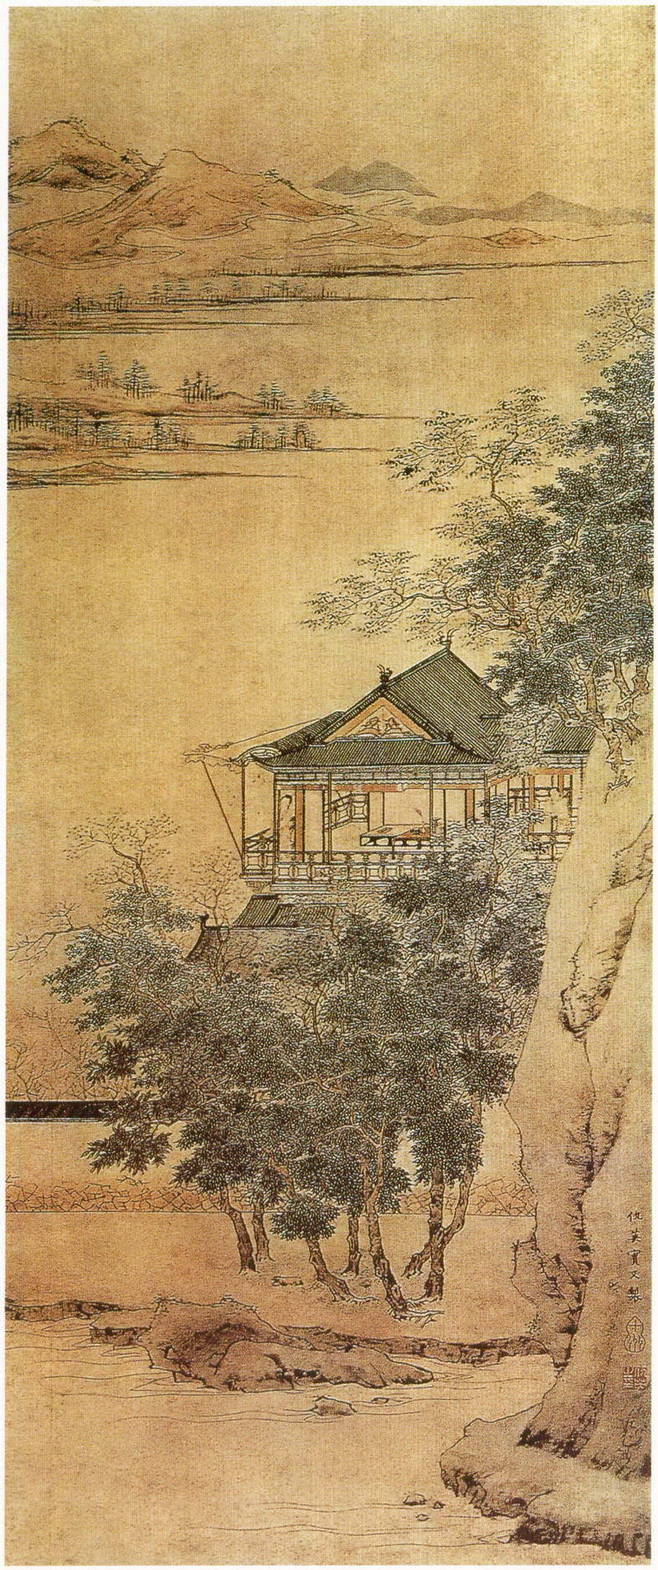
花明柳暗绕天愁，上尽重城更上楼。